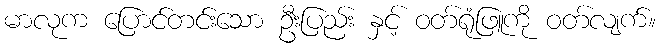
မာလုက ပြောင်တင်းသော ဦးပြည်း နှင့် ဝတ်ရုံဖြူကို ဝတ်လျက်။